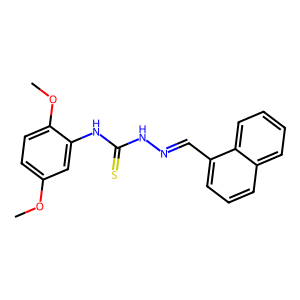
SMILES: COc1ccc(OC)c(NC(=S)NN=Cc2cccc3ccccc23)c1
Inhibits HIV replication: No